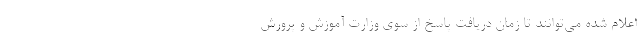
اعلام شده می‌توانند تا زمان دریافت پاسخ از سوی وزارت آموزش و پرورش